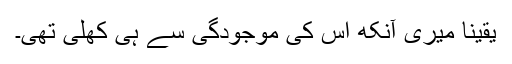
یقیناً میری آنکھ اس کی موجودگی سے ہی کھلی تھی۔